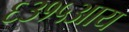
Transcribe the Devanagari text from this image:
६३१५आय